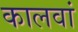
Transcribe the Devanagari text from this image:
कालवां